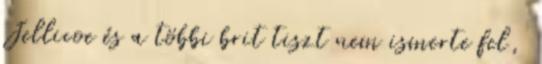
Jellicoe és a többi brit tiszt nem ismerte fel,